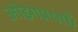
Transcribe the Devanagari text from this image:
ओझाप्रथाएँ